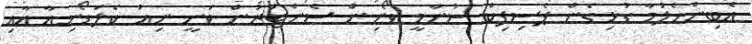
އެބިންހެލުމާ ގުޅިގެން ޕެސިފިކް ސުނާމީ ވޯނިން ސެންޓަރުން ވަނީ ނިއު ކެލަޑޯނިއާ އާއި